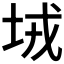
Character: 𡊸